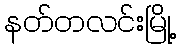
နတ်တလင်းမြို့